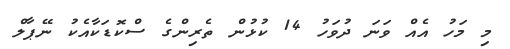
މި މަހު އެއް ވަނަ ދުވަހު 14 ކުޅުން ތެރިންގެ ސްކޮޑަކާއެކު ނޭޕާލް